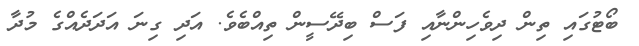
ބޯޓުގައި ތިން ދިވެހިންނާއި ފަސް ބިދޭސީން ތިއްބެވެ. އަދި ގިނަ އަދަދެއްގެ މުދާ